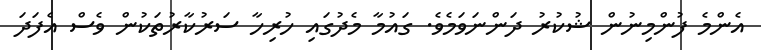
އެންމެ ފުންމިނުން ޝުކުރު ދަންނަވަމެވެ. ގައުމާ މެދުގައި ހުރިހާ ސަރުކާރުތަކުން ވެސް އެފަދަ